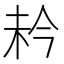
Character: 𪱼